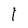
Character: l